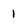
Character: 1